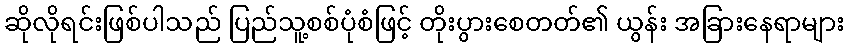
ဆိုလိုရင်းဖြစ်ပါသည် ပြည်သူ့စစ်ပုံစံဖြင့် တိုးပွားစေတတ်၏ ယွန်း အခြားနေရာများ